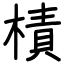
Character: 樍